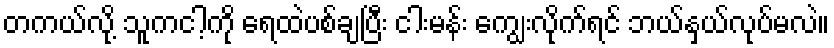
တကယ်လို့ သူကငါ့ကို ရေထဲပစ်ချပြီး ငါးမန်း ကျွေးလိုက်ရင် ဘယ်နှယ်လုပ်မလဲ။